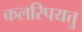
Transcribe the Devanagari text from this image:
कलरिपयत्तु